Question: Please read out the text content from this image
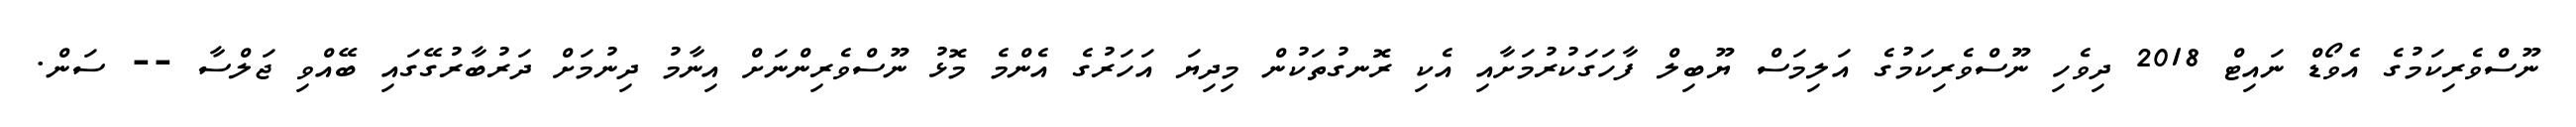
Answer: ނޫސްވެރިކަމުގެ އެވޯޑް ނައިޓް 2018 ދިވެހި ނޫސްވެރިކަމުގެ އަލިމަސް ޔޫބިލް ފާހަގަކުރުމަށާއި އެކި ރޮނގުތަކުން މިދިޔަ އަހަރުގެ އެންމެ މޮޅު ނޫސްވެރިންނަށް އިނާމު ދިނުމަށް ދަރުބާރުގޭގައި ބޭއްވި ޖަލްސާ -- ސަން.